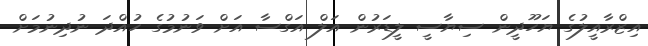
އިޒްރާއީލުގެ ޔަހޫދީން ސިޔާސީ ލީޑަރުން އަލް އަގްސާ އަށް ވަނުމުގެ ހުއްދަ ނުދިނުމަށް